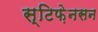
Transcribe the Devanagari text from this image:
स्टिफ़ेनसन